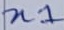
Text: n1